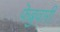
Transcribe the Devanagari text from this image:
फॆब्रुवारी